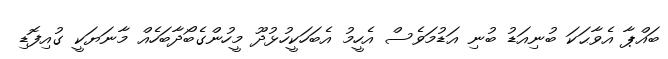
ބައްޕާ އެވާޙަކަ ބުނިއަޑު ބުނި އަޑުމަވެސް އެހީމު އެބަހަކީހުޅުދޫ މީހުންގެބޯދާބަހެއް މާނަޔަކީ ގުއިފޮޑި